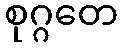
စုဂ္ဂတေ